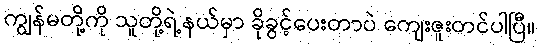
ကျွန်မတို့ကို သူတို့ရဲ့နယ်မှာ ခိုခွင့်ပေးတာပဲ ကျေးဇူးတင်ပါပြီ။